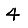
Digit: 4